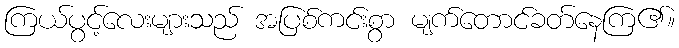
ကြယ်ပွင့်လေးများသည် အပြစ်ကင်းစွာ မျက်တောင်ခတ်နေကြ၏။